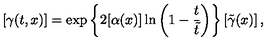
\left[ \gamma ( t , x ) \right] = \exp \left\{ 2 [ \alpha ( x ) ] \ln \left( 1 - \frac { t } { \tilde { t } } \right) \right\} \left[ \tilde { \gamma } ( x ) \right] ,